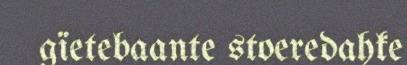
gïetebaante stoeredahke